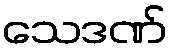
သေဒဏ်